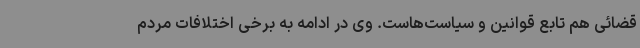
قضائی هم تابع قوانین و سیاست‌هاست. وی در ادامه به برخی اختلافات مردم